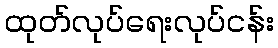
ထုတ်လုပ်ရေးလုပ်ငန်း